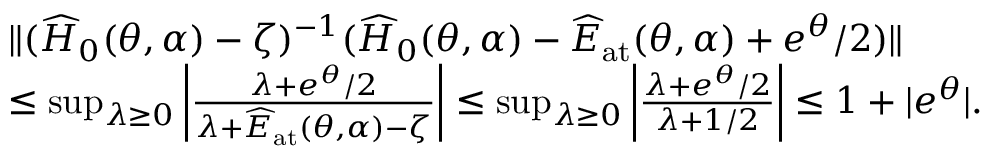
\begin{array} { r l } & { \| ( \widehat { H } _ { 0 } ( \theta , \alpha ) - \zeta ) ^ { - 1 } ( \widehat { H } _ { 0 } ( \theta , \alpha ) - \widehat { E } _ { \mathrm { a t } } ( \theta , \alpha ) + e ^ { \theta } / 2 ) \| } \\ & { \leq \operatorname* { s u p } _ { \lambda \geq 0 } \left| \frac { \lambda + e ^ { \theta } / 2 } { \lambda + \widehat { E } _ { \mathrm { a t } } ( \theta , \alpha ) - \zeta } \right| \leq \operatorname* { s u p } _ { \lambda \geq 0 } \left| \frac { \lambda + e ^ { \theta } / 2 } { \lambda + 1 / 2 } \right| \leq 1 + | e ^ { \theta } | . } \end{array}